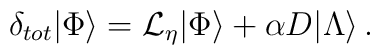
\delta_{tot}|\Phi\rangle = {\cal L}_\eta|\Phi\rangle+\alpha D|\Lambda\rangle\,.